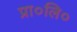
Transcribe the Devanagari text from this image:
प्रा०लि०